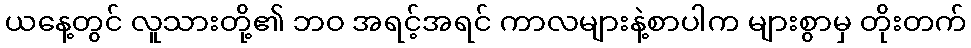
ယနေ့တွင် လူသားတို့၏ ဘဝ အရင့်အရင် ကာလများနဲ့စာပါက များစွာမှ တိုးတက်